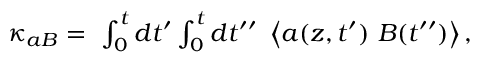
\begin{array} { r } { \kappa _ { a B } = \ \int _ { 0 } ^ { t } d t ^ { \prime } \int _ { 0 } ^ { t } d t ^ { \prime \prime } \ \left\langle a ( z , t ^ { \prime } ) \ B ( t ^ { \prime \prime } ) \right\rangle , } \end{array}